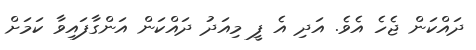
ދައްކަން ޖެހެ އެވެ. އަދި އެ ފީ މިއަދު ދައްކަން އަންގާފައިވާ ކަމަށް